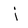
Character: j